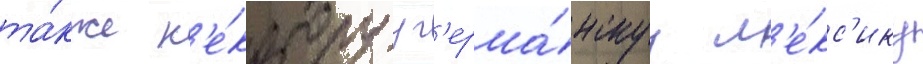
та́кже н'е́которуу г'ерма́нскуу л'е́кс'ику